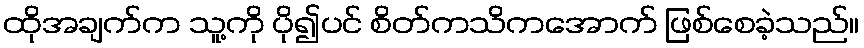
ထိုအချက်က သူ့ကို ပို၍ပင် စိတ်ကသိကအောက် ဖြစ်စေခဲ့သည်။